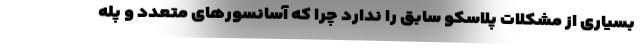
بسیاری از مشکلات پلاسکو سابق را ندارد چرا که آسانسورهای متعدد و پله